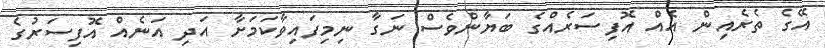
އޭގެ ތެރެއިން އެއް އޮފިސަރެއްގެ ބަޔާންވެސް ނަގާ ނިމިފައިވާކަމަށާ އަދި އަނެއް އޮފިސަރުގެ